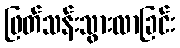
ဖြတ်သန်းသွားလာခြင်း